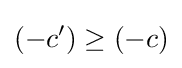
(-c')\geq (-c)